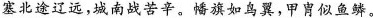
塞北途辽远，城南战苦辛。幡旗如鸟翼，甲胄似鱼鳞。